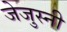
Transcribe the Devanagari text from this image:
जेजुस्नी